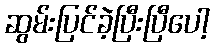
ဆွမ်းပြင်ခဲ့ပြီးပြီပေါ့